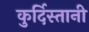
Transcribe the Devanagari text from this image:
कुर्दिस्तानी